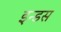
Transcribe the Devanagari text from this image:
इन्‍डस